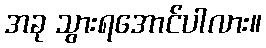
အခု သွားရအောင်ပါလား။